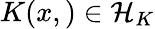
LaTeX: K(x,)\in{\cal{H}}_{K}